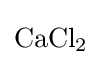
{\mathrm {CaCl} {\vphantom {A}}_{\smash[{t}]{2}}}